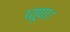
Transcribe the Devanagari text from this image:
प्यूपा।